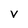
Character: V